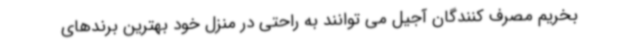
بخریم مصرف کنندگان آجیل می توانند به راحتی در منزل خود بهترین برندهای